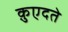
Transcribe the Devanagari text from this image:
क़ुएदते